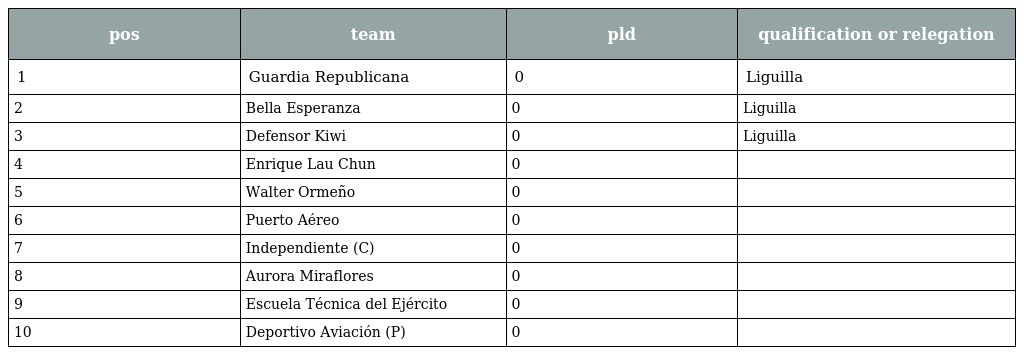
| pos | team | pld | qualification or relegation |
 | --- | --- | --- | --- |
 | 1 | Guardia Republicana | 0 | Liguilla |
 | 2 | Bella Esperanza | 0 | Liguilla |
 | 3 | Defensor Kiwi | 0 | Liguilla |
 | 4 | Enrique Lau Chun | 0 |  |
 | 5 | Walter Ormeño | 0 |  |
 | 6 | Puerto Aéreo | 0 |  |
 | 7 | Independiente (C) | 0 |  |
 | 8 | Aurora Miraflores | 0 |  |
 | 9 | Escuela Técnica del Ejército | 0 |  |
 | 10 | Deportivo Aviación (P) | 0 |  |